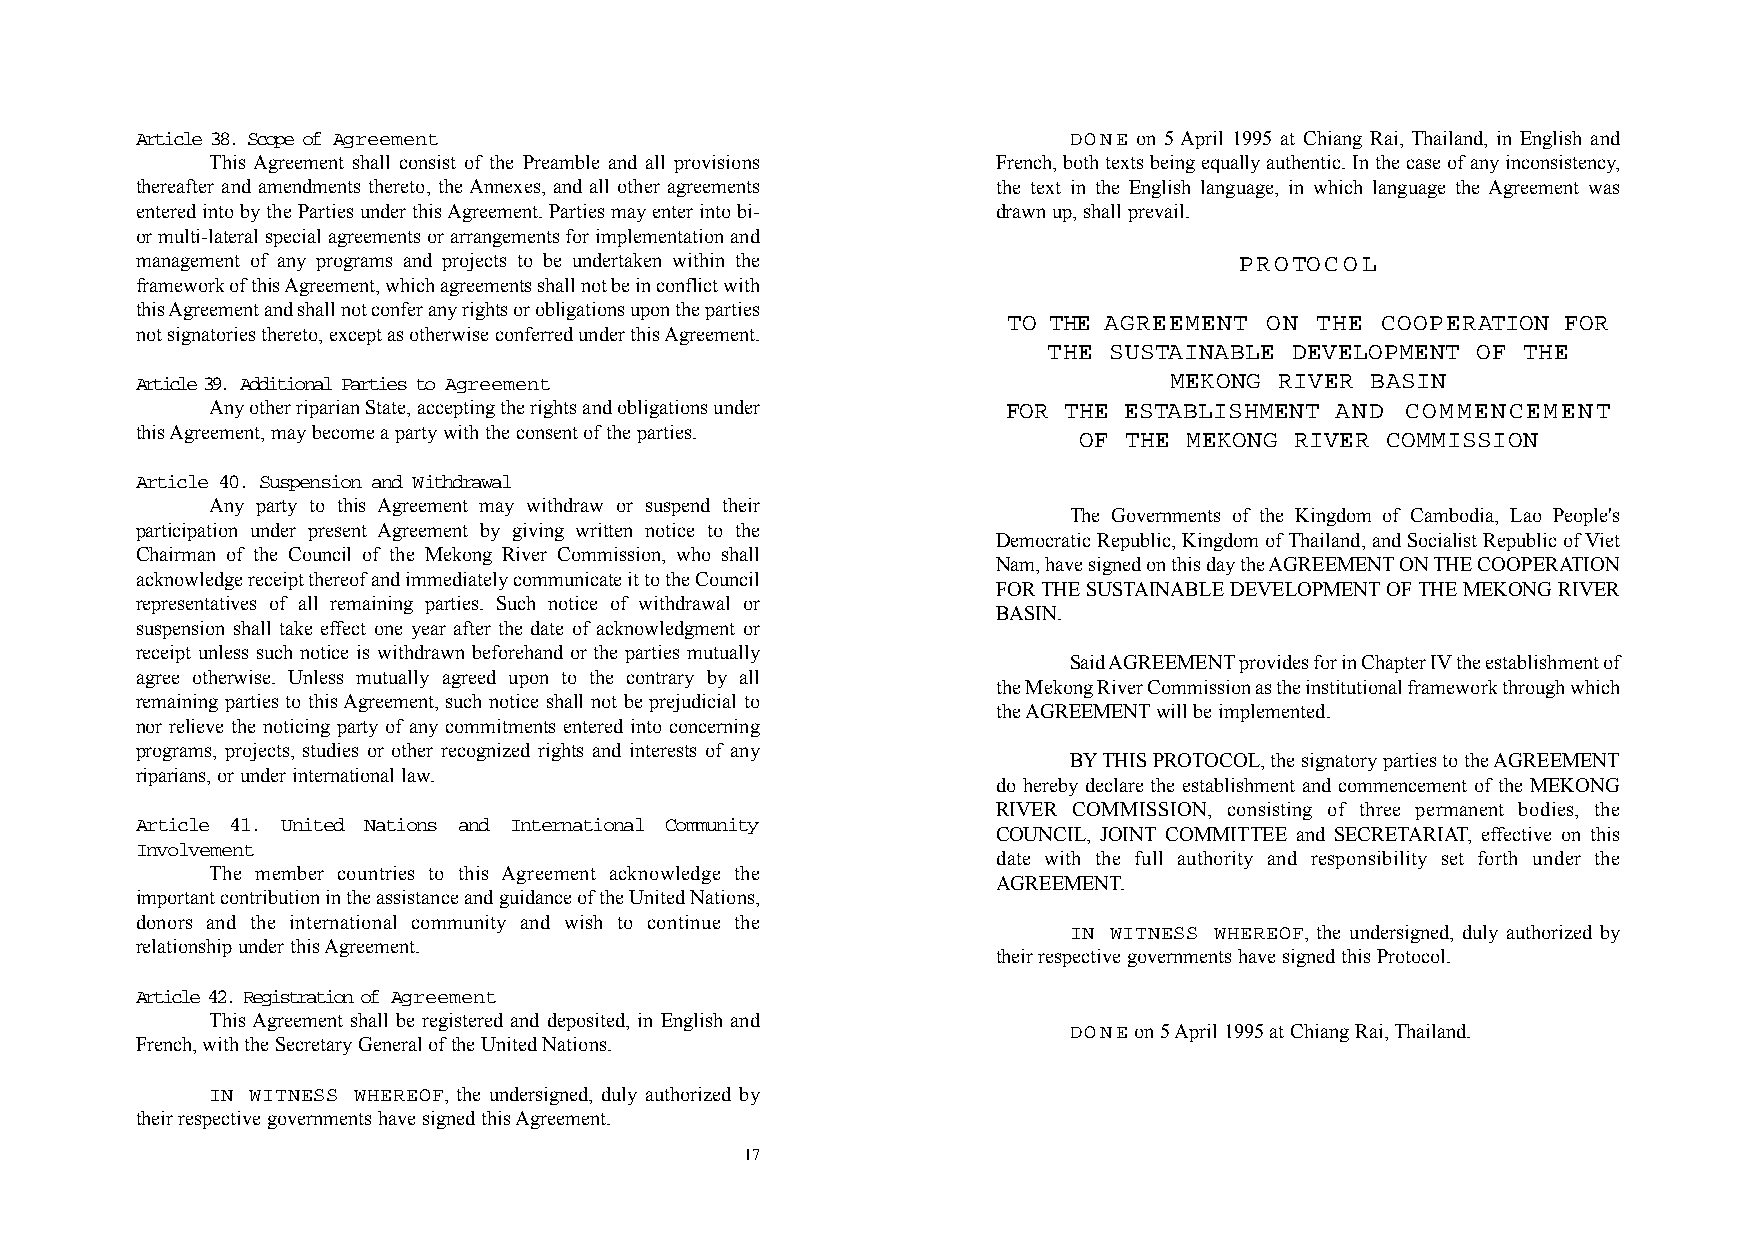
Article 38. Scope of Agreement                                DONE on 5 April 1995 at Chiang Rai, Thailand, in English and
 This Agreement shall consist of the Preamble and all provisions French, both texts being equally authentic. In the case of any inconsistency,
 thereafter and amendments thereto, the Annexes, and all other agreements the text in the English language, in which language the Agreement was
 entered into by the Parties under this Agreement. Parties may enter into bi- drawn up, shall prevail.
 or multi-lateral special agreements or arrangements for implementation and
 management of any programs and projects to be undertaken within the      PROTOCOL
 framework of this Agreement, which agreements shall not be in conflict with
 this Agreement and shall not confer any rights or obligations upon the parties
 TO THE AGREEMENT ON THE COOPERATION  FOR
 not signatories thereto, except as otherwise conferred under this Agreement.
 THE SUSTAINABLE DEVELOPMENT  OF THE
 Article 39. Additional Parties to Agreement                         MEKONG  RIVER BASIN
 Any other riparian State, accepting the rights and obligations under FOR THE ESTABLISHMENT AND COMMENCEMENT
 this Agreement, may become a party with the consent of the parties. OF THE MEKONG RIVER COMMISSION
 Article 40. Suspension and Withdrawal
 Any party to this Agreement may withdraw or suspend their
 The Governments of the Kingdom of Cambodia, Lao People's
 participation under present Agreement by giving written notice to the
 Democratic Republic, Kingdom of Thailand, and Socialist Republic of Viet
 Chairman of the Council of the Mekong River Commission, who shall
 Nam, have signed on this day the AGREEMENTON THE COOPERATION
 acknowledge receipt thereof and immediately communicate it to the Council
 FOR THE SUSTAINABLE DEVELOPMENTOF THE MEKONG RIVER
 representatives of all remaining parties. Such notice of withdrawal or
 BASIN.
 suspension shall take effect one year after the date of acknowledgment or
 receipt unless such notice is withdrawn beforehand or the parties mutually
 Said AGREEMENTprovides for in Chapter IVthe establishment of
 agree otherwise. Unless mutually agreed upon to the contrary by all
 the Mekong River Commission as the institutional framework through which
 remaining parties to this Agreement, such notice shall not be prejudicial to
 the AGREEMENTwill be implemented.
 nor relieve the noticing party of any commitments entered into concerning
 programs, projects, studies or other recognized rights and interests of any
 BYTHIS PROTOCOL, the signatory parties to the AGREEMENT
 riparians, or under international law.
 do hereby declare the establishment and commencement of the MEKONG
 RIVER COMMISSION, consisting of three permanent bodies, the
 Article 41. United Nations and International Community
 COUNCIL, JOINT COMMITTEE and SECRETARIAT, effective on this
 Involvement
 date with the full authority and responsibility set forth under the
 The member countries to this Agreement acknowledge the
 AGREEMENT.
 important contribution in the assistance and guidance of the United Nations,
 donors and the international community and wish to continue the
 IN WITNESS WHEREOF, the undersigned, duly authorized by
 relationship under this Agreement.
 their respective governments have signed this Protocol.
 Article 42. Registration of Agreement
 This Agreement shall be registered and deposited, in English and
 DONEon 5 April 1995 at Chiang Rai, Thailand.
 French, with the Secretary General of the United Nations.
 IN WITNESS WHEREOF, the undersigned, duly authorized by
 their respective governments have signed this Agreement.
 17